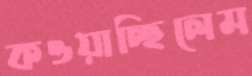
কওয়াচ্ছিলেম